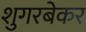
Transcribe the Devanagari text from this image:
शुगरबेकर